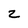
Character: z